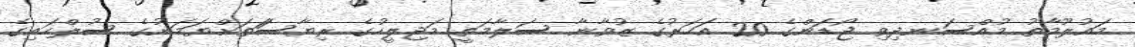
މައުލޫމާތު މުއްސަނދިވި ޖޯޑަންގެ 20 އަަހަރުގެ ޒުވާނާ ސަލާމަތީ މަޖިލީހުގެ ރިޔާސަަތަަށްޔަމަނުގެ ސުލްހައިގެ